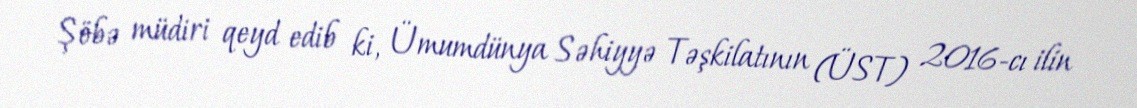
Şöbə müdiri qeyd edib ki, Ümumdünya Səhiyyə Təşkilatının (ÜST) 2016-cı ilin